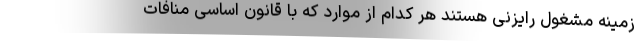
زمینه مشغول رایزنی هستند هر کدام از موارد که با قانون اساسی منافات